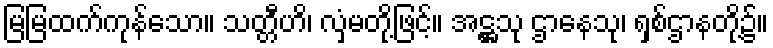
မြမြထက်ကုန်သော။ သတ္တီဟိ၊ လှံမတို့ဖြင့်။ အဋ္ဌသု ဌာနေသု၊ ရှစ်ဌာနတို့၌။